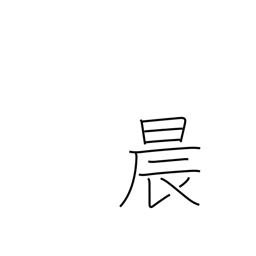
Meaning: morning